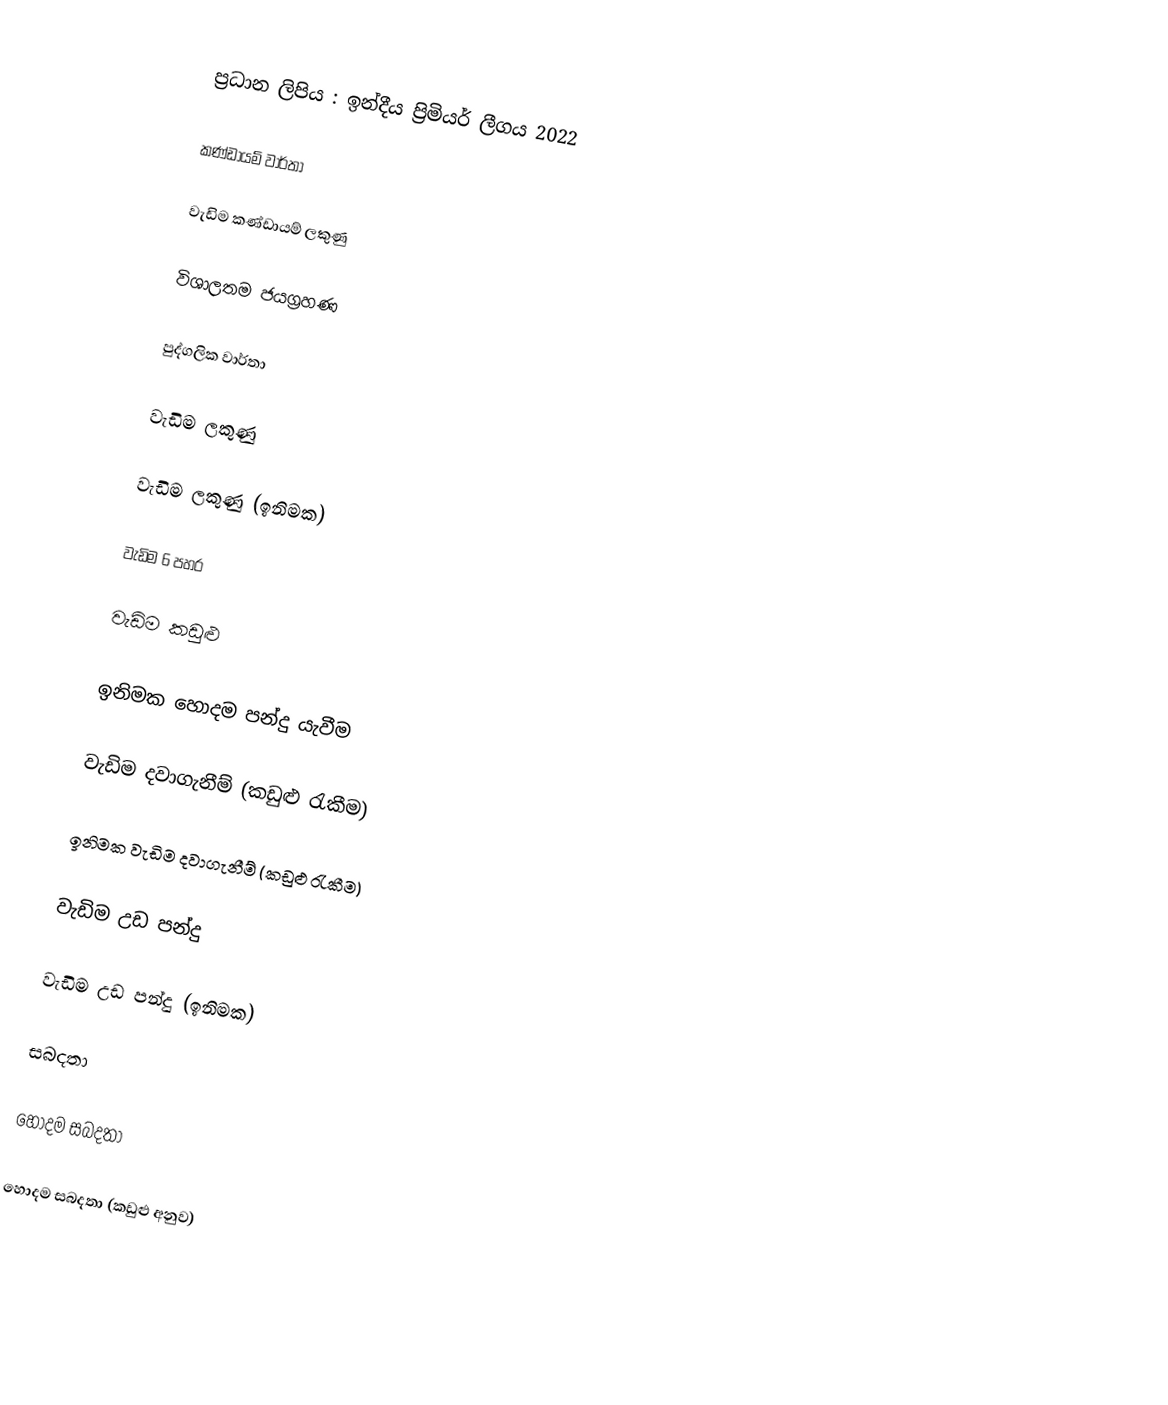
ප්‍රධාන ලිපිය : ඉන්දීය ප්‍රිමියර් ලීගය 2022

කණ්ඩායම් වාර්තා

වැඩිම කණ්ඩායම් ලකුණු

විශාලතම ජයග්‍රහණ

පුද්ගලික වාර්තා

වැඩිම ලකුණු

වැඩිම ලකුණු (ඉනිමක)

වැඩිම 6 පහර

වැඩිම කඩුළු

ඉනිමක හොදම පන්දු යැවීම

වැඩිම දවාගැනීම් (කඩුළු රැකීම)

ඉනිමක වැඩිම දවාගැනීම් (කඩුළු රැකීම)

වැඩිම උඩ පන්දු

වැඩිම උඩ පන්දු (ඉනිමක)

සබදතා

හොදම සබදතා

හොදම සබදතා (කඩුළු අනුව)